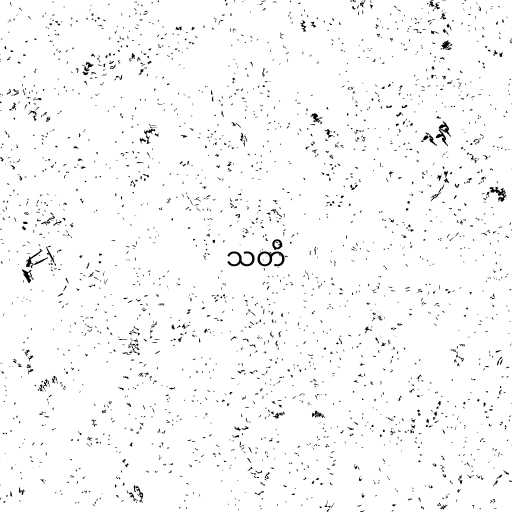
သတိ